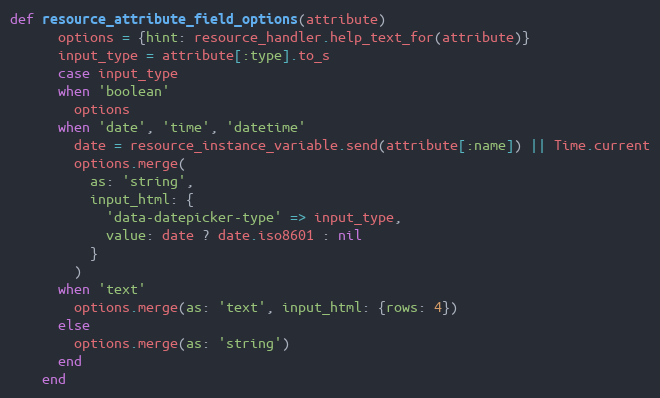
Language: Ruby
def resource_attribute_field_options(attribute)
      options = {hint: resource_handler.help_text_for(attribute)}
      input_type = attribute[:type].to_s
      case input_type
      when 'boolean'
        options
      when 'date', 'time', 'datetime'
        date = resource_instance_variable.send(attribute[:name]) || Time.current
        options.merge(
          as: 'string',
          input_html: {
            'data-datepicker-type' => input_type,
            value: date ? date.iso8601 : nil
          }
        )
      when 'text'
        options.merge(as: 'text', input_html: {rows: 4})
      else
        options.merge(as: 'string')
      end
    end